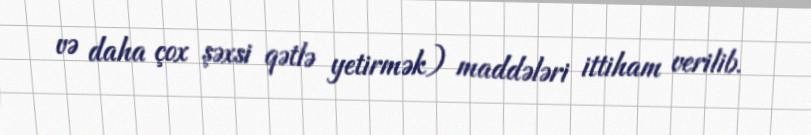
və daha çox şəxsi qətlə yetirmək) maddələri ittiham verilib.